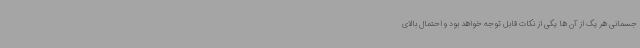
جسمانی هر یک از آن ها یکی از نکات قابل توجه خواهد بود و احتمال بالای